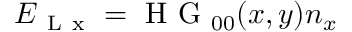
\boldsymbol { E } _ { \mathrm { ~ L ~ x ~ } } = \mathrm { ~ H ~ G ~ } _ { 0 0 } ( x , y ) \boldsymbol { n } _ { x }